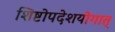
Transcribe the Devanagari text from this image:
शिष्टोपदेशयोगात्